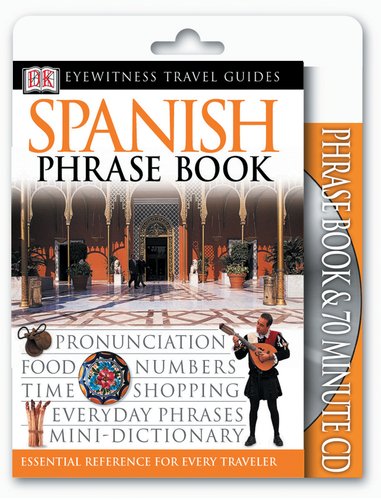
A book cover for Spanish (Eyewitness Travel Packs); DK; Reference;